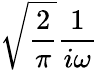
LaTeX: {\sqrt{\frac{2}{\pi}}}{\frac{1}{i\omega}}